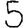
Digit: 5